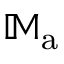
\mathbb { M } _ { \mathrm { a } }